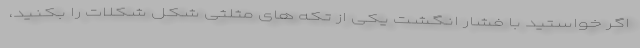
اگر خواستید با فشار انگشت یکی از تکه های مثلثی شکل شکلات را بِکَنید،